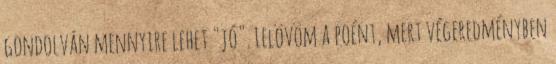
gondolván mennyire lehet "jó". Lelövöm a poént, mert végeredményben